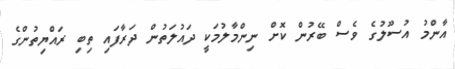
އާންމު އުސޫލުގެ ވެސް ބޭރުން ކޮށް ނިންމާލުމަކީ ދައުލަތުން ދަރާފައި ތިބި ރައްޔިތުންގެ